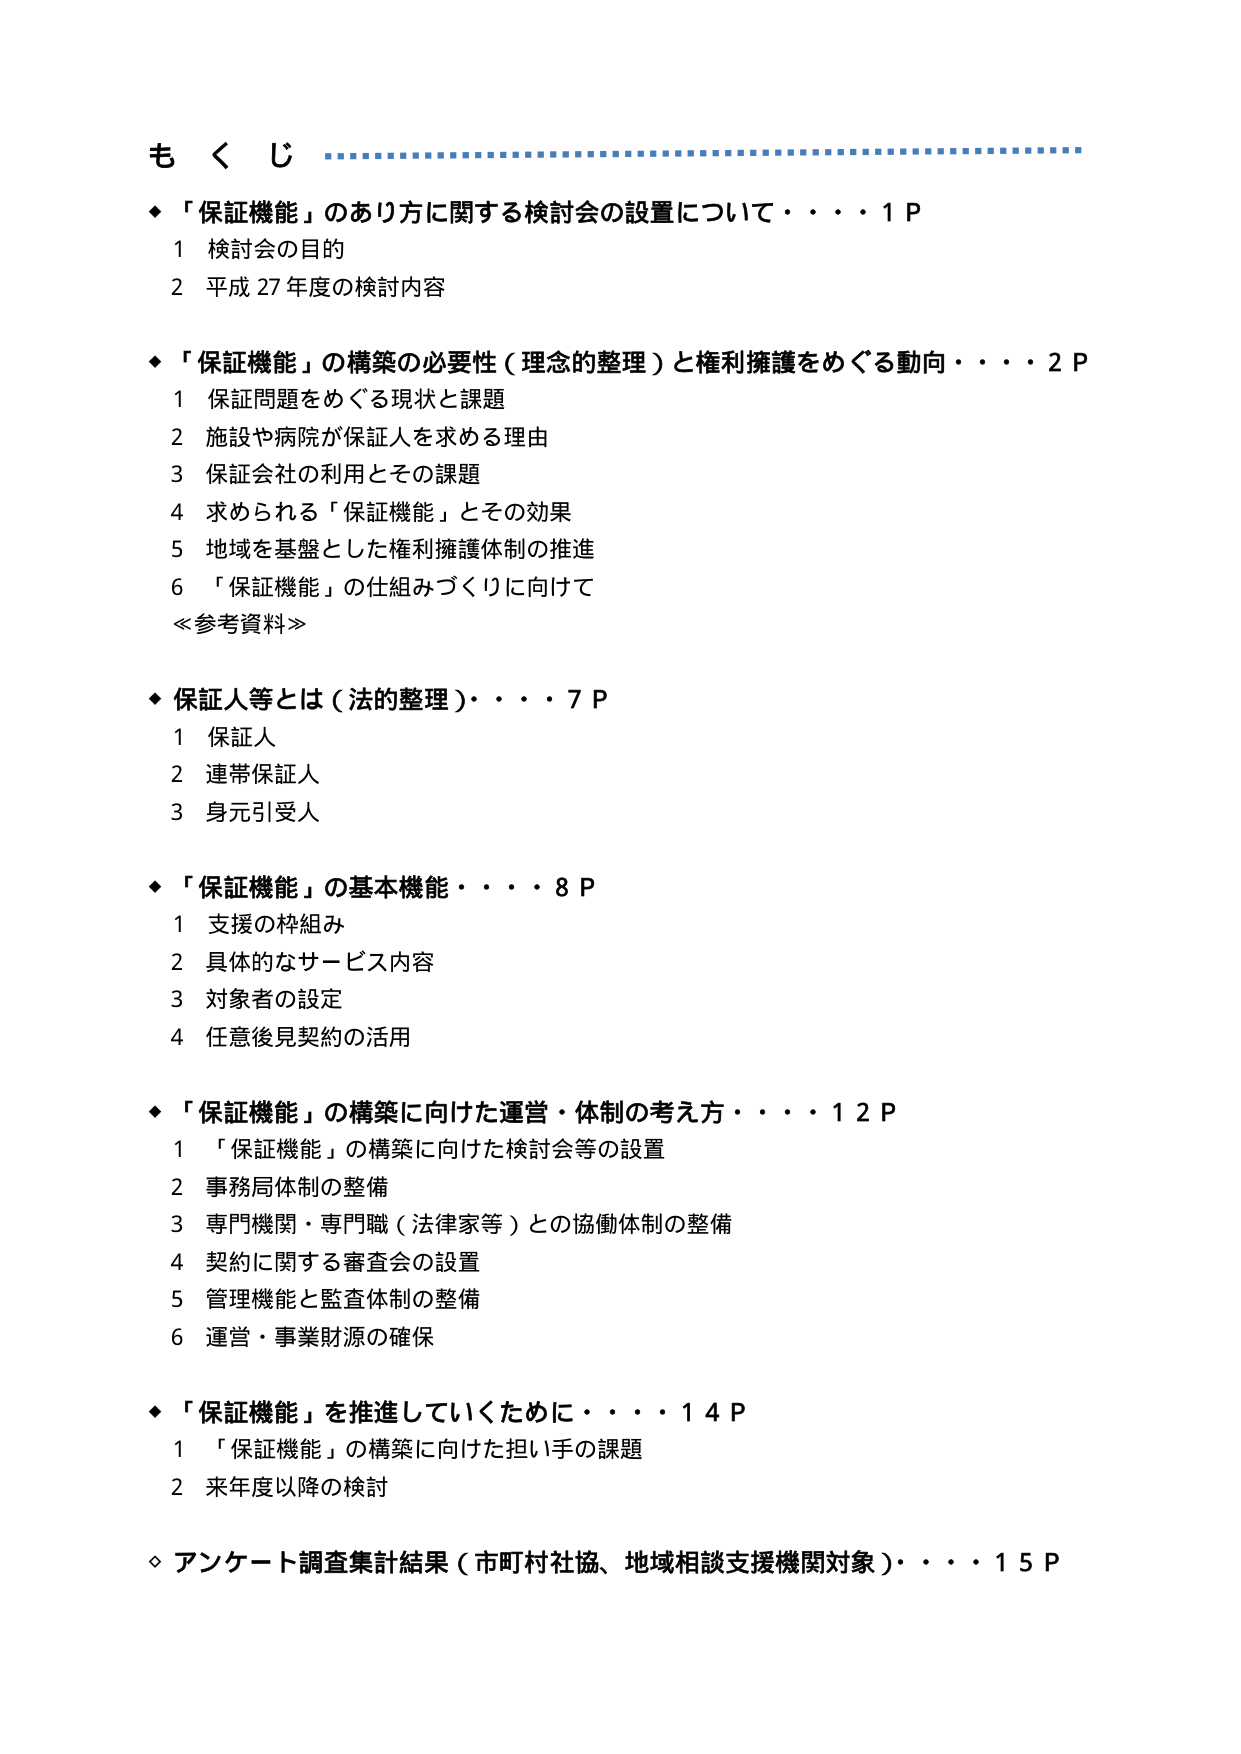
もくじ

◆「保証機能」のあり方に関する検討会の設置について・・・・1Ｐ
　1 検討会の目的
　2 平成27年度の検討内容

◆「保証機能」の構築の必要性（理念的整理）と権利擁護をめぐる動向・・・・2Ｐ
　1 保証問題をめぐる現状と課題
　2 施設や病院が保証人を求める理由
　3 保証会社の利用とその課題
　4 求められる「保証機能」とその効果
　5 地域を基盤とした権利擁護体制の推進
　6 「保証機能」の仕組みづくりに向けて
　≪参考資料≫

◆保証人等とは（法的整理）・・・・7Ｐ
　1 保証人
　2 連帯保証人
　3 身元引受人

◆「保証機能」の基本機能・・・・8Ｐ
　1 支援の枠組み
　2 具体的なサービス内容
　3 対象者の設定
　4 任意後見契約の活用

◆「保証機能」の構築に向けた運営・体制の考え方・・・・12Ｐ
　1 「保証機能」の構築に向けた検討会等の設置
　2 事務局体制の整備
　3 専門機関・専門職（法律家等）との協働体制の整備
　4 契約に関する審査会の設置
　5 管理機能と監査体制の整備
　6 運営・事業財源の確保

◆「保証機能」を推進していくために・・・・14Ｐ
　1 「保証機能」の構築に向けた担い手の課題
　2 来年度以降の検討

◇アンケート調査集計結果（市町村社協、地域相談支援機関対象）・・・・15Ｐ